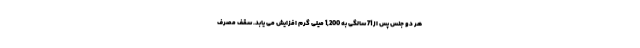
هر دو جنس پس از 71 سالگی به 1,200 میلی گرم افزایش می یابد. سقف مصرف